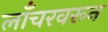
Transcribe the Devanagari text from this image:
लाँचरवरून